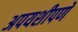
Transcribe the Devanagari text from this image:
अपयशीपणे